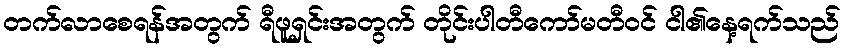
တက်လာစေရန်အတွက် ရီဖူရှင်းအတွက် တိုင်းပါတီကော်မတီဝင် ငါ၏နေ့ရက်သည်